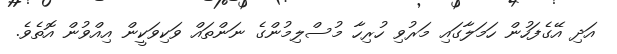
އަދި އޭގެފަހުން ހަމަލާގައި މަރުވި ހުރިހާ މުސްލިމުންގެ ނަންތައް ވަކިވަކީން އިއްވުން އޮތެވެ.